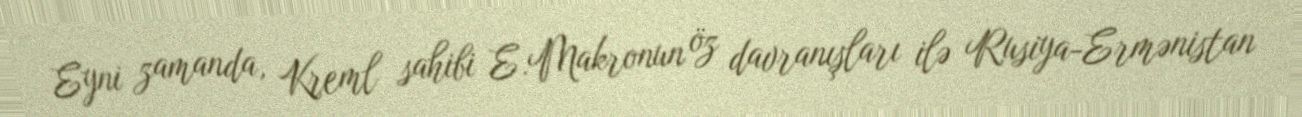
Eyni zamanda, Kreml sahibi E.Makronun öz davranışları ilə Rusiya-Ermənistan